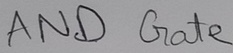
Text: AND Gate